Annual administration report of the Civil Veterinary Department of India - 1900-1901
Year: 1900
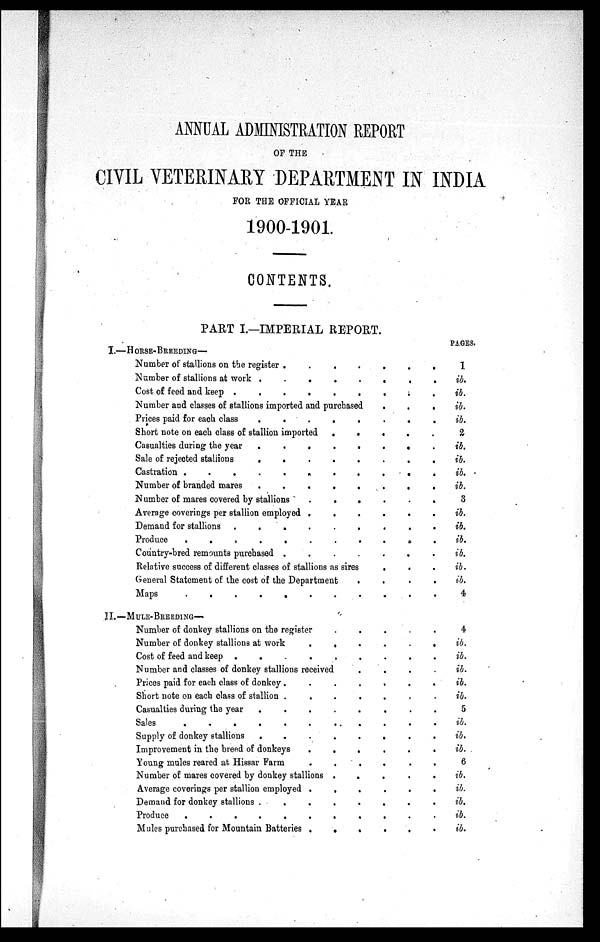
ANNUAL ADMINISTRATION REPORT
OF THE
CIVIL VETERINARY DEPARTMENT IN INDIA
FOR THE OFFICIAL YEAR
1900-1901.
CONTENTS.
PART I.—IMPERIAL REPORT.
I.—HORSE-BREEDING—
Number of stallions on the register .
.
.
.
.
.
Number of stallions at work
.
.
.
.
.
.
.
.
Cost of feed and keep ..
.
.
.
.
.
.
.
Number and classes of stallions imported and purchased
.
.
.
Prices paid for each class
.
.
.
.
.
.
.
.
Short note on each class of stallion imported
.
.
.
.
Casualties during the year
.
.
.
.
.
.
.
.
Sale of rejected stallions
.
.
.
.
.
.
.
.
Castration .
.
.
.
.
.
.
.
.
.
.
Number of branded mares
.
.
.
.
.
.
.
.
Number of mares covered by stallions
.
.
.
.
.
.
Average coverings per stallion employed .
.
.
.
.
.
Demand for stallions .
.
.
.
.
.
.
.
.
Produce
.
.
.
.
.
.
.
.
.
Country-bred remounts purchased .
.
.
.
.
Relative success of different classes of stallions as sires
.
General Statement of the cost of the Department
.
.
.
.
Maps
.
.
.
.
.
.
.
..
II.—MULE-BREEDING—
Number of donkey stallions on the register
.
.
.
.
.
Number of donkey stallions at work
.
.
.
.
.
.
Cost of feed and keep
.
.
.
.
.
.
.
Number and classes of donkey stallions received
.
.
.
.
Prices paid for each class of donkey.
.
.
.
.
.
.
Short note on each class of stallion .
.
.
.
.
Casualties during the year
.
.
.
.
.
.
.
.
Sales
.
.
.
.
.
.
.
.
.
.
.
Supply of donkey stallions
.
.
.
.
.
.
.
.
Improvement in the breed of donkeys
.
.
.
.
.
.
Young mules reared at Hissar Farm
.
.
.
.
.
Number of mares covered by donkey stallions .
.
.
.
.
Average coverings per stallion employed .
.
.
.
.
.
Demand for donkey stallions .
.
.
.
.
.
.
.
Produce
.
.
.
.
.
.
.
.
.
.
.
Mules purchased for Mountain Batteries .
.
.
.
.
.
PAGES.
1
ib.
ib.
ib.
ib.
2
ib.
ib.
ib.
ib.
3
ib.
ib.
ib.
ib.
ib.
ib.
4
4
ib.
ib.
ib.
ib.
ib.
5
ib.
ib.
ib.
6
ib.
ib.
ib.
ib.
ib.